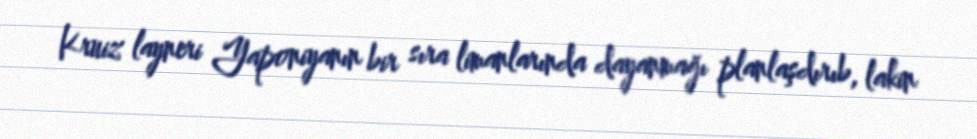
Kruiz layneri Yaponiyanın bir sıra limanlarında dayanmağı planlaşdırıb, lakin